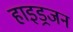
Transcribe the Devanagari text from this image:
हाइड्रजन